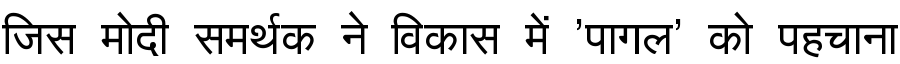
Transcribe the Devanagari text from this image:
जिस मोदी समर्थक ने विकास में 'पागल' को पहचाना